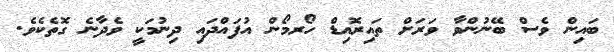
ބައިން ވެސް ބޭނުންވާ ވަރަށް ތައިރޮއިޑް ހޯރމޯން އުފައްދައި ދިނުމަކީ ވެދާނެ ގޮތެކެވެ.